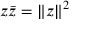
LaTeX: z { \bar { z } } = \| z \| ^ { 2 }